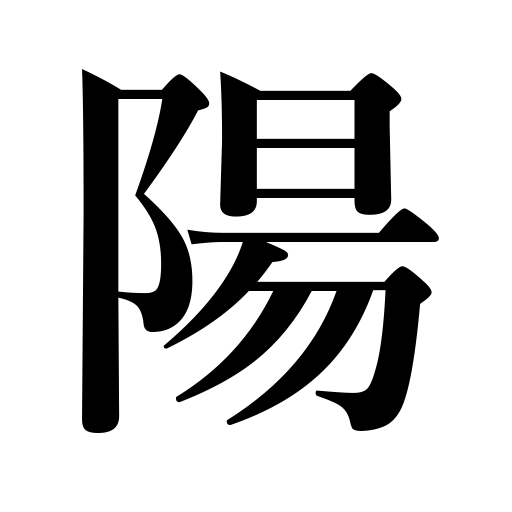
Meanings: heaven,positive,movement,south face of a mountain,sunshine,north side of a river,sun,positive electrode,daytime,top,male,young principle,facing the sun,pride